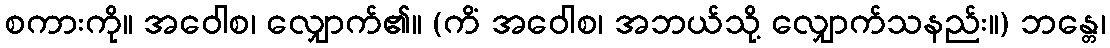
စကားကို။ အဝေါစ၊ လျှောက်၏။ (ကိံ အဝေါစ၊ အဘယ်သို့ လျှောက်သနည်း။) ဘန္တေ၊